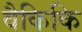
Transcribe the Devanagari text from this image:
वैकिकि